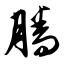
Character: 腾